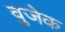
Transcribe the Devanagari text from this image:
वुजेक